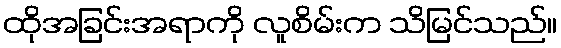
ထိုအခြင်းအရာကို လူစိမ်းက သိမြင်သည်။